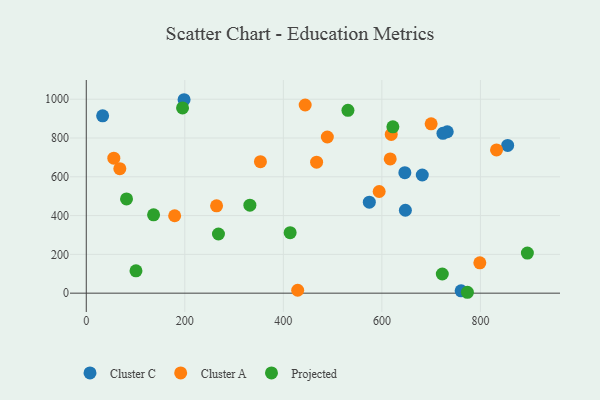
{"axis": {"x": "Price", "y": "Rating"}, "legend": ["Cluster A", "Cluster C", "Projected"], "data": [{"x": "198.5", "y": 997.4, "type": "Cluster C"}, {"x": "646.6", "y": 621.3, "type": "Cluster C"}, {"x": "760.8", "y": 12.3, "type": "Cluster C"}, {"x": "33.2", "y": 914.4, "type": "Cluster C"}, {"x": "647.7", "y": 427.4, "type": "Cluster C"}, {"x": "732.7", "y": 832.3, "type": "Cluster C"}, {"x": "682.0", "y": 609.3, "type": "Cluster C"}, {"x": "855.3", "y": 762.0, "type": "Cluster C"}, {"x": "574.5", "y": 469.1, "type": "Cluster C"}, {"x": "723.9", "y": 824.1, "type": "Cluster C"}, {"x": "429.1", "y": 15.0, "type": "Cluster A"}, {"x": "594.5", "y": 524.1, "type": "Cluster A"}, {"x": "264.5", "y": 450.1, "type": "Cluster A"}, {"x": "55.9", "y": 696.2, "type": "Cluster A"}, {"x": "444.3", "y": 970.1, "type": "Cluster A"}, {"x": "68.1", "y": 641.9, "type": "Cluster A"}, {"x": "489.3", "y": 805.3, "type": "Cluster A"}, {"x": "353.5", "y": 677.8, "type": "Cluster A"}, {"x": "798.8", "y": 156.2, "type": "Cluster A"}, {"x": "179.4", "y": 399.1, "type": "Cluster A"}, {"x": "467.5", "y": 675.6, "type": "Cluster A"}, {"x": "616.9", "y": 692.4, "type": "Cluster A"}, {"x": "832.7", "y": 738.5, "type": "Cluster A"}, {"x": "700.0", "y": 873.0, "type": "Cluster A"}, {"x": "619.0", "y": 818.5, "type": "Cluster A"}, {"x": "622.3", "y": 857.5, "type": "Projected"}, {"x": "722.6", "y": 98.7, "type": "Projected"}, {"x": "895.3", "y": 206.9, "type": "Projected"}, {"x": "332.1", "y": 453.8, "type": "Projected"}, {"x": "268.3", "y": 305.1, "type": "Projected"}, {"x": "100.9", "y": 115.1, "type": "Projected"}, {"x": "413.8", "y": 312.1, "type": "Projected"}, {"x": "136.6", "y": 403.9, "type": "Projected"}, {"x": "195.4", "y": 955.1, "type": "Projected"}, {"x": "773.6", "y": 4.6, "type": "Projected"}, {"x": "81.7", "y": 486.0, "type": "Projected"}, {"x": "531.1", "y": 943.0, "type": "Projected"}]}